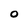
Character: 0